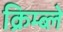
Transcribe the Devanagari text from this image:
क्रिम्ब्ले